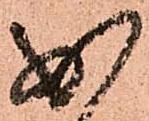
少